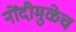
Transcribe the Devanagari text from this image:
नोंदीमुळेच